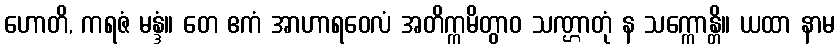
ဟောတိ, ကရဇံ မန္ဒံ။ တေ ဧကံ အာဟာရဝေလံ အတိက္ကမိတွာဝ သဏ္ဌာတုံ န သက္ကောန္တိ။ ယထာ နာမ